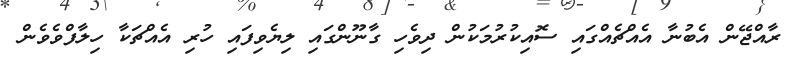
ރާއްޖޭން އެބުނާ އެއްޗެއްގައި ސޮއިކުރުމަކުން ދިވެހި ގާނޫންގައި ލިޔެވިފައި ހުރި އެއްޗަކާ ހިލާފްވެވެން